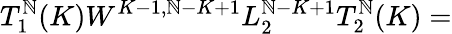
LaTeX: T_{1}^{\mathbb{N}}(K)W^{K-1,\mathbb{N}-K+1}L_{2}^{\mathbb{N}-K+1}T_{2}^{\mathbb{N}}(K)=